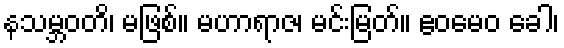
နသမ္ဘဝတိ၊ မဖြစ်။ မဟာရာဇ၊ မင်းမြတ်။ ဧဝမေဝ ခေါ၊